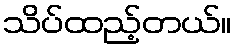
သိပ်ထည့်တယ်။